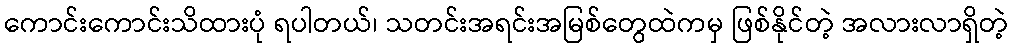
ကောင်းကောင်းသိထားပုံ ရပါတယ်၊ သတင်းအရင်းအမြစ်တွေထဲကမှ ဖြစ်နိုင်တဲ့ အလားလာရှိတဲ့